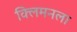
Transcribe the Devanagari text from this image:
क्लिमनला